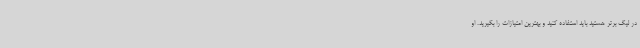
در لیگ برتر هستید باید استفاده کنید و بهترین امتیازات را بگیرید. او